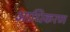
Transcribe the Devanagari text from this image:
आधिकरण